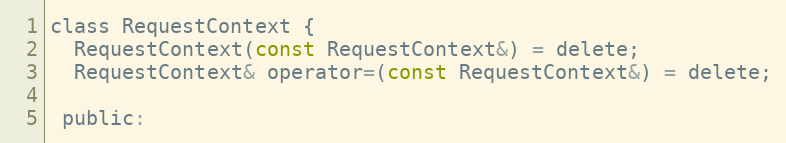
Language: C
class RequestContext {
  RequestContext(const RequestContext&) = delete;
  RequestContext& operator=(const RequestContext&) = delete;

 public: